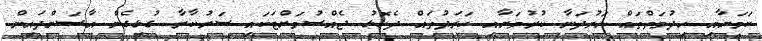
ކަމަށާއި ހިދުމަތްތައް ހަރުދަނާ ކުރުމަށާއި ހަރަދުތައް ދެކޮޅު ޖެއްސުމަށްޓަކައި ސަރުކާރާ ގުޅިގެން އާސަންދައިން